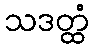
သဒတ္ထံ